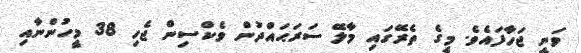
ވަނީ ޖަހާފައެވެ. މީގެ ތެރޭގައި މާލޭ ސަރަޙައްދުން ވެކްސިން ޖެހި 38 މީހުންނާއި